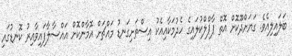
ބަލައިލިއެވެ. ގަޔަށްދޫކޮށް އޮތް ޕާޕްލްކުލައިގެ ހެދުމަކާއިއެކު އިސްތަށިގަނޑު މައްޗަށް އޮމާންކޮށް އައްސާލާފައިވާއިރު ކޮނޑުގައި